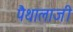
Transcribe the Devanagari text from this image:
पैथालाजी